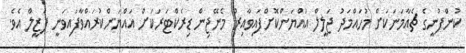
ކުންފުނީގެ ޗެއާމަނަކަށް މުހައްމަދު ޖަލީލް އައްޔަންކޮށްފައިވާއިރު މެނޭޖިން ޑިރެކްޓަރަކަށް އައްޔަންކުރައްވާފައިވަނީ ފަޒީލް އެވެ.